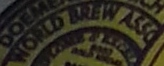
WORLD BREW ASSO